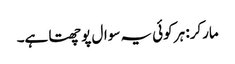
مارکر: ہر کوئی یہ سوال پوچھتا ہے۔